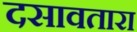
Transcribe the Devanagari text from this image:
दसावतारा